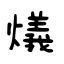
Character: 燨